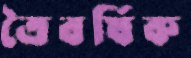
ত্রৈবর্ষিক